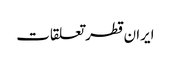
ایران قطر تعلقات